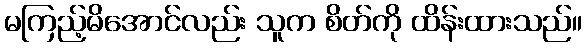
မကြည့်မိအောင်လည်း သူက စိတ်ကို ထိန်းထားသည်။